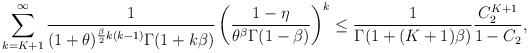
\begin{align*}\sum_{k=K+1}^\infty \frac{1}{(1+\theta)^{\frac{\beta}{2}k(k-1)}\Gamma(1+k\beta)}\left(\frac{1-\eta}{\theta^\beta\Gamma(1-\beta)}\right)^k\leq \frac{1}{\Gamma(1+(K+1)\beta)}\frac{C_2^{K+1}}{1-C_2},\end{align*}